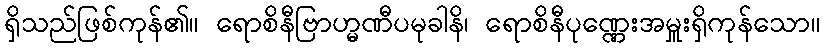
ရှိသည်ဖြစ်ကုန်၏။ ရောစိနီဗြာဟ္မဏီပမုခါနိ၊ ရောစိနီပုဏ္ဏေးအမှူးရှိကုန်သော။